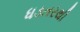
ધડતરથી